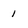
Character: 1